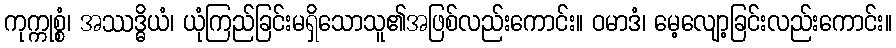
ကုက္ကုစ္စံ၊ အဿဒ္ဓိယံ၊ ယုံကြည်ခြင်းမရှိသောသူ၏အဖြစ်လည်းကောင်း။ ဝမာဒံ၊ မေ့လျော့ခြင်းလည်းကောင်း။